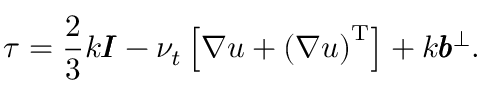
\boldsymbol { \tau } = \frac { 2 } { 3 } k \pmb { I } - \nu _ { t } \left[ \boldsymbol { \nabla } \boldsymbol { u } + \left( \boldsymbol { \nabla } \boldsymbol { u } \right) ^ { \operatorname { T } } \right] + k \pmb { b } ^ { \bot } .